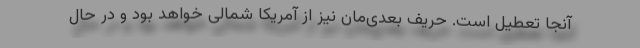
آنجا تعطیل است. حریف بعدی‌مان نیز از آمریکا شمالی خواهد بود و در حال